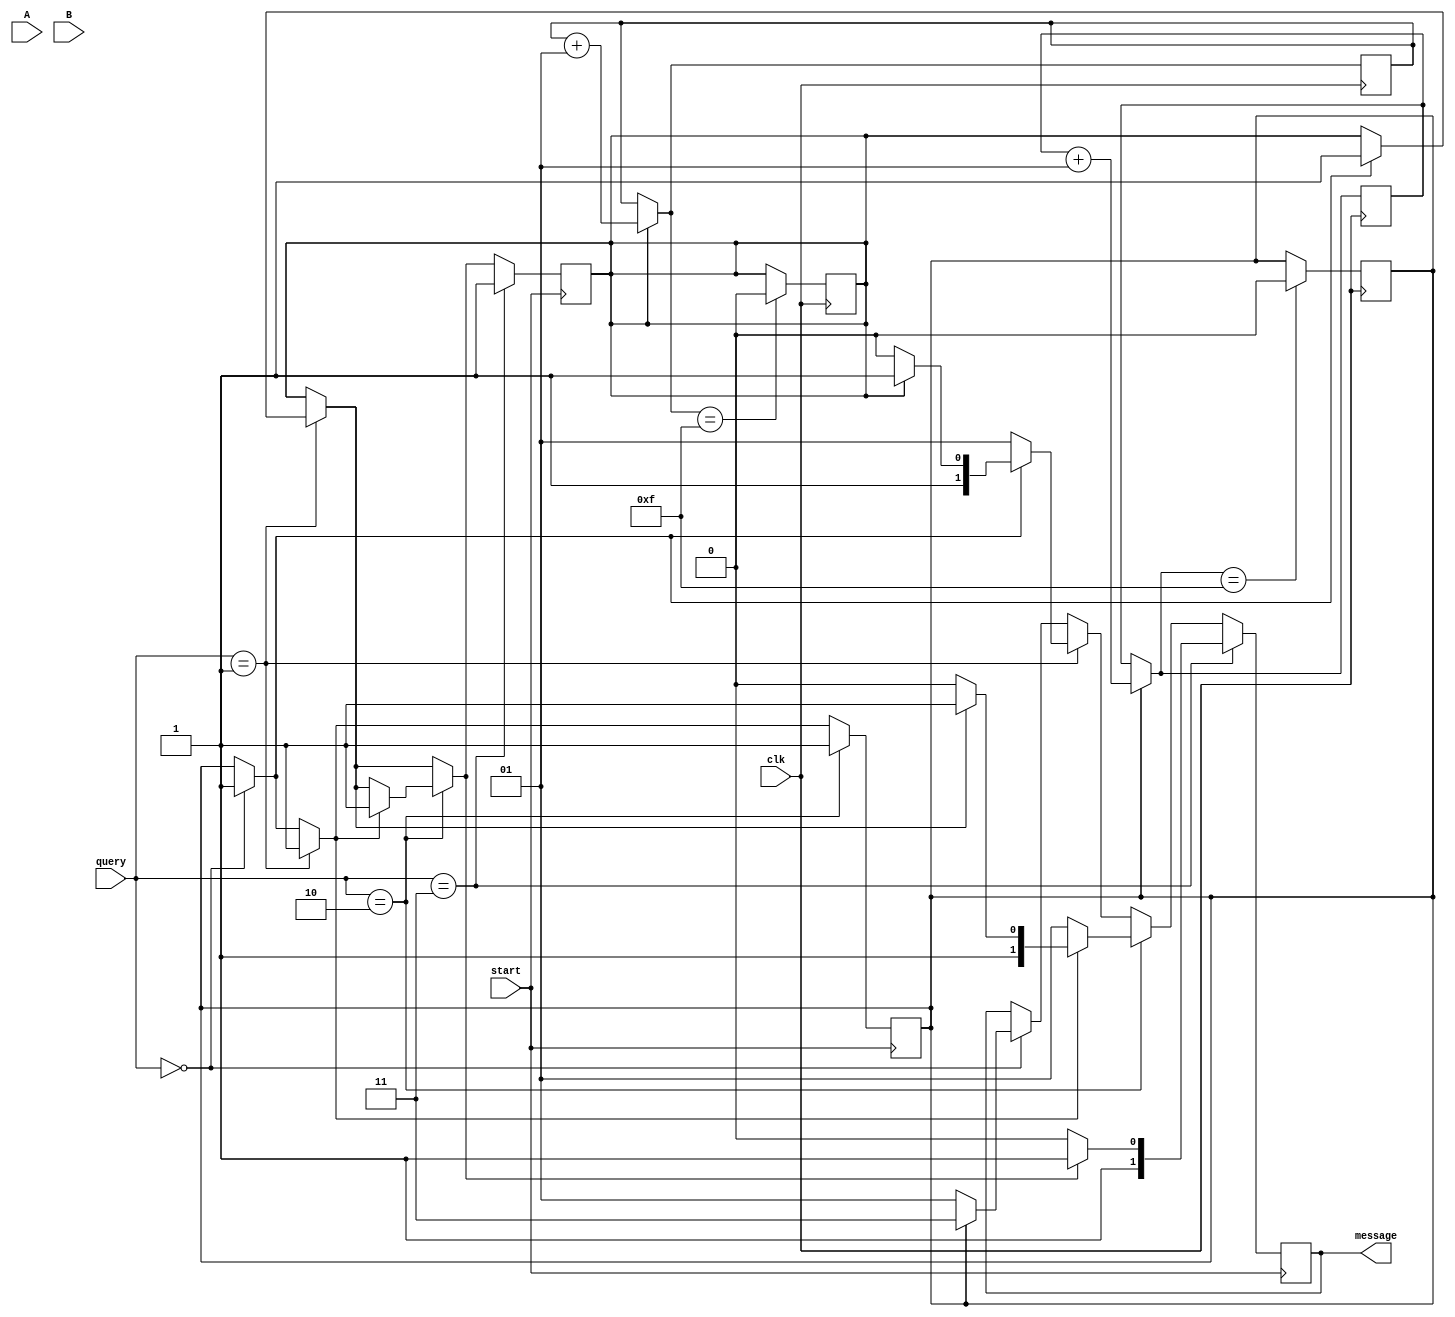
module allot_doctor(query,A,B,clk,start,message);
	input [1:0] query; 
	input A,B,clk,start;
	output reg [1:0] message;
	reg a = 1'b0;
	reg b = 1'b0;
	integer c_a = 0;
	integer c_b = 0;
	always@(negedge start)
	begin
		if(query == 2'b00)				
			if(a == 0)				
			begin
				message = 2'b01;	
				a = 1'b1;			
			end
			else
				message = 2'b11;	
		if(query == 2'b01)				
            		if(a == 0)				
			begin
                		message = 2'b01;	
				a = 1'b1;			
			end
            		else if(b == 0)			
			begin
                		message = 2'b10;	
				b = 1'b1;			
			end
			else 
				message = 2'b11;
		if(query == 2'b10)				
            		if(a == 0)				
			begin
                		message = 2'b01;	
				a = 1'b1;			
			end
            		else if(b == 0)			
			begin
                		message = 2'b10;	
				b = 1'b1;			
			end
			else 
				message = 2'b11;
		if(query == 2'b11)				
            		if(b == 0)			
			begin
                		message = 2'b10;	
				b = 1'b1;			
			end
			else 
				message = 2'b11;
	end
	always@(posedge clk)
	begin
	if(a == 1)
            c_a = c_a + 1;
        if(b == 1)
            c_b = c_b + 1;
        if(c_a == 15)
            a = 0;
        if(c_b == 15)
            b = 0;
	end
endmodule